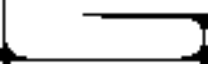
ా